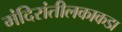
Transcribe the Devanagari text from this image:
मंदिरांतीलकाकडा